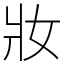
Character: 妝